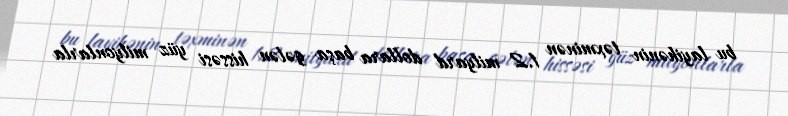
bu layihənin təxminən 1.2 milyard dollara başa gələn hissəsi yüz milyonlarla